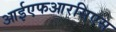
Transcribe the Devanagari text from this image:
आईएफआरसिएस